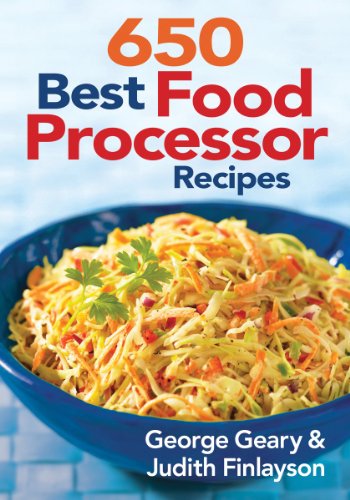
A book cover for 650 Best Food Processor Recipes; George Geary; Cookbooks, Food & Wine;